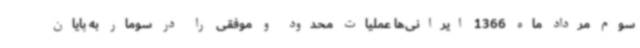
سوم مرداد ماه 1366 ایرانی‌ها عملیات محدود و موفقی را در سومار به پایان